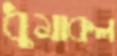
ধুমাকল